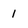
Character: 1